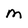
Character: m